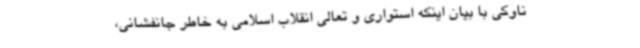
ناوکی با بیان اینکه استواری و تعالی انقلاب اسلامی به خاطر جانفشانی،